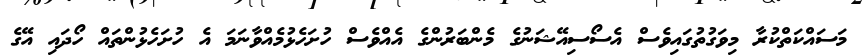
މަސައްކަތްކުރާ މިވަގުތުގައިވެސް އެސޯސިއޭޝަނުގެ މެންބަރުންގެ އެއްވެސް ހުށަހެޅުމެއްވާނަމަ އެ ހުށަހެޅުންތައް ހޯދައި އޭގެ